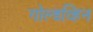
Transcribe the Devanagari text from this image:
गोल्डव्हिन